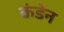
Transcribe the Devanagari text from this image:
कंडेन